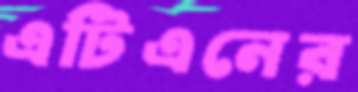
এটিএনের